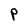
Character: P